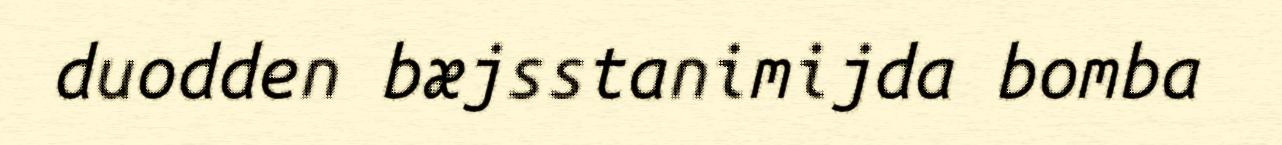
duodden bæjsstanimijda bomba